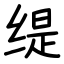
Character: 缇